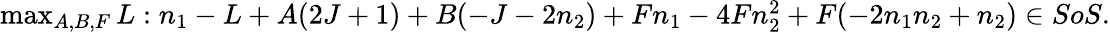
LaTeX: \begin{array}{r}{\operatorname*{max}_{A,B,F}L:n_{1}-L+A(2J+1)+B(-J-2n_{2})+Fn_{1}-4Fn_{2}^{2}+F(-2n_{1}n_{2}+n_{2})\in SoS.}\end{array}